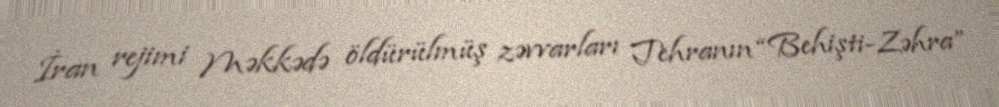
İran rejimi Məkkədə öldürülmüş zəvvarları Tehranın “Behişti-Zəhra”